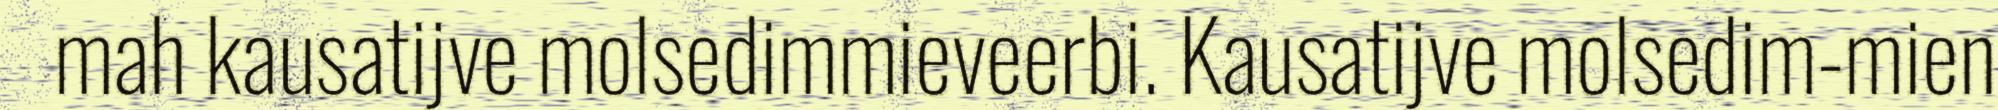
mah kausatijve molsedimmieveerbi. Kausatijve molsedim-mien